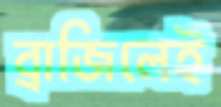
ব্রাজিলেই